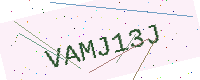
Text: VAMJ13J